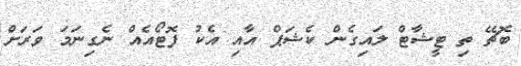
ބޮޗޭ ތި ޓީޝާޓް ލައިގެން ކެޝަޕް އާއި އެކު ފޮޓޯއެއް ނެގިނަމަ ވަރަށް